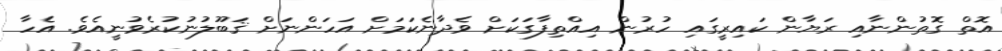
އޮތް ގޮތުންނާއި ރަޔާން ކައިރީގައި ހުރުން އިއްތިފާގަކަށް ވެދާނެކަމަށް އަހަންނަށް ޤަބޫލުނުކުރެވުނީއެވެ. އެހާ